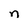
Character: n